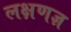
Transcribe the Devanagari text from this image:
लक्षणज्ञ